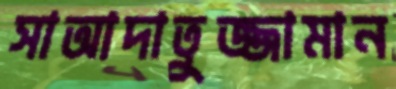
সাআদাতুজ্জামান